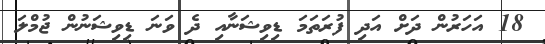
18 އަހަރުން ދަށް އަދި ފުރަތަމަ ޑިވިޝަނާއި ދެ ވަނަ ޑިވިޝަނުން ޖުމްލަ